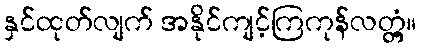
နှင်ထုတ်လျက် အနိုင်ကျင့်ကြကုန်လတ္တံ့။